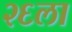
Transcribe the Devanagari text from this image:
२६ला